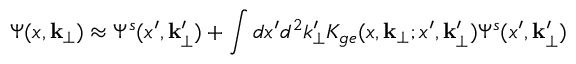
\Psi ( x , { \bf k _ { \bot } } ) \approx \Psi ^ { s } ( x ^ { \prime } , { \bf k _ { \bot } ^ { \prime } } ) + \int d x ^ { \prime } d ^ { 2 } k _ { \bot } ^ { \prime } K _ { g e } ( x , { \bf k _ { \bot } } ; x ^ { \prime } , { \bf k _ { \bot } ^ { \prime } } ) \Psi ^ { s } ( x ^ { \prime } , { \bf k _ { \bot } ^ { \prime } } )